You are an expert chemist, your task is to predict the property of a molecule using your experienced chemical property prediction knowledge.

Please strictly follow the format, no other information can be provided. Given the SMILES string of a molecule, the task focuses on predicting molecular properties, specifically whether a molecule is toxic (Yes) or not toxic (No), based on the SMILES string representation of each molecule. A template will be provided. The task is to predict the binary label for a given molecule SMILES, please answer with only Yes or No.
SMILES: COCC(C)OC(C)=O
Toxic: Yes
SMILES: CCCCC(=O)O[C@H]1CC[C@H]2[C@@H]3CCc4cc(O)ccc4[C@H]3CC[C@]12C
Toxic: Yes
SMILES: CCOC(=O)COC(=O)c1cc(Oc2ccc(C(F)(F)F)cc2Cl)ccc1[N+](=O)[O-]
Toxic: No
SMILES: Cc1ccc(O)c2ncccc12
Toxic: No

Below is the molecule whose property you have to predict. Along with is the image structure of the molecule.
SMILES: O=c1oc2ccccc2c(O)c1C1CCCc2ccccc21
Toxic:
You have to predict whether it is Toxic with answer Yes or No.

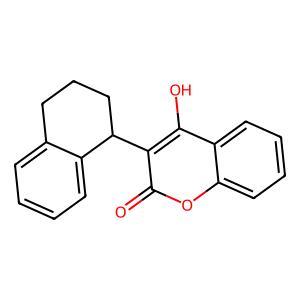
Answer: No